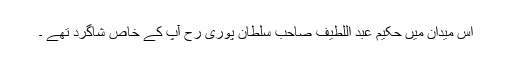
اس میدان میں حکیم عبد اللطیف صاحب سلطان پوری رح آپ کے خاص شاگرد تھے ۔